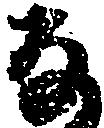
な